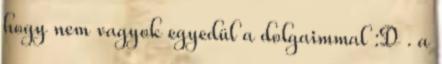
hogy nem vagyok egyedül a dolgaimmal :D . a